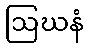
ဩဃနံ